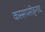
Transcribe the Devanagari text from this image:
कस्सपसीहनाद